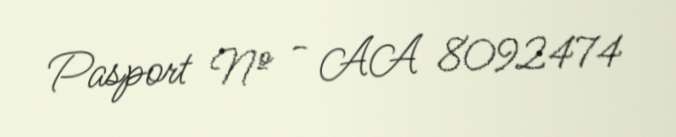
Pasport № - AA 8092474